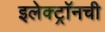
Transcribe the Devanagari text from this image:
इलेक्ट्राॅनची